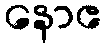
နောဧ